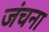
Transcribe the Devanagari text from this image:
जंचना